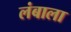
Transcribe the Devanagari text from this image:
लंबाला